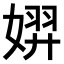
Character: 𫱐